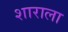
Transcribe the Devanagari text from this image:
शाराला